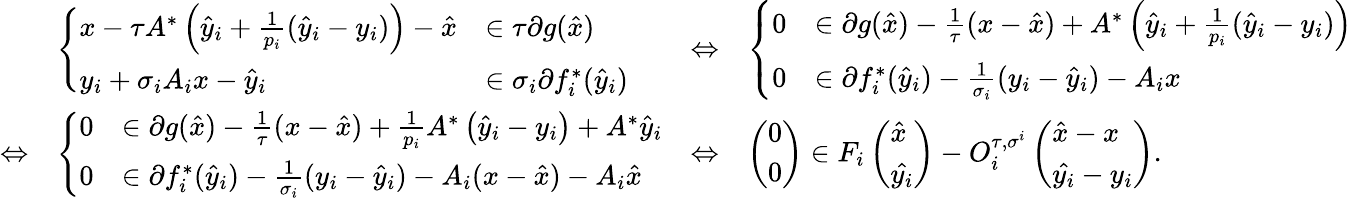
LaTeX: \begin{array}{rlrl}&{\left\{ \begin{array}{ll}{x-\tau A^{*}\left(\hat{y}_{i}+\frac{1}{p_{i}}(\hat{y}_{i}-y_{i})\right)-\hat{x}}&{\in\tau\partial g(\hat{x})}\\ {y_{i}+\sigma_{i}A_{i}x-\hat{y}_{i}}&{\in\sigma_{i}\partial f_{i}^{*}(\hat{y}_{i})}\end{array}\right.}&{\Leftrightarrow}&{\left\{ \begin{array}{ll}{0}&{\in\partial g(\hat{x})-\frac{1}{\tau}(x-\hat{x})+A^{*}\left(\hat{y}_{i}+\frac{1}{p_{i}}(\hat{y}_{i}-y_{i})\right)}\\ {0}&{\in\partial f_{i}^{*}(\hat{y}_{i})-\frac{1}{\sigma_{i}}(y_{i}-\hat{y}_{i})-A_{i}x}\end{array}\right.}\\ {\Leftrightarrow}&{\left\{ \begin{array}{ll}{0}&{\in\partial g(\hat{x})-\frac{1}{\tau}(x-\hat{x})+\frac{1}{p_{i}}A^{*}\left(\hat{y}_{i}-y_{i}\right)+A^{*}\hat{y}_{i}}\\ {0}&{\in\partial f_{i}^{*}(\hat{y}_{i})-\frac{1}{\sigma_{i}}(y_{i}-\hat{y}_{i})-A_{i}(x-\hat{x})-A_{i}\hat{x}}\end{array}\right.}&{\Leftrightarrow}&{\left(\begin{array}{l}{0}\\ {0}\end{array}\right)\in F_{i}\left(\begin{array}{l}{\hat{x}}\\ {\hat{y_{i}}}\end{array}\right)-O_{i}^{\tau,\sigma^{i}}\left(\begin{array}{l}{\hat{x}-x}\\ {\hat{y_{i}}-y_{i}}\end{array}\right).}\end{array}